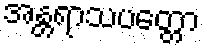
အန္တရာသပတ္တော